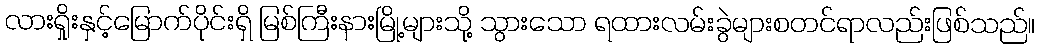
လားရှိုးနှင့်မြောက်ပိုင်းရှိ မြစ်ကြီးနားမြို့များသို့ သွားသော ရထားလမ်းခွဲများစတင်ရာလည်းဖြစ်သည်။